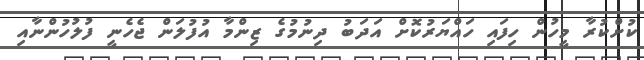
ކުށްކުރާ މީހުން ހިފައި ހައްޔަރުކޮށް އަދަބު ދިނުމުގެ ޒިންމާ އުފުލަން ޖެހެނީ ފުލުހުންނާއި